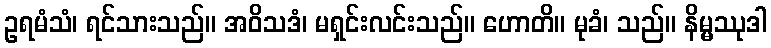
ဥရမံသံ၊ ရင်သားသည်။ အဝိသဒံ၊ မရှင်းလင်းသည်။ ဟောတိ။ မုခံ၊ သည်။ နိမ္မဿုဒါ